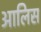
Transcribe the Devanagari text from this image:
आलिस